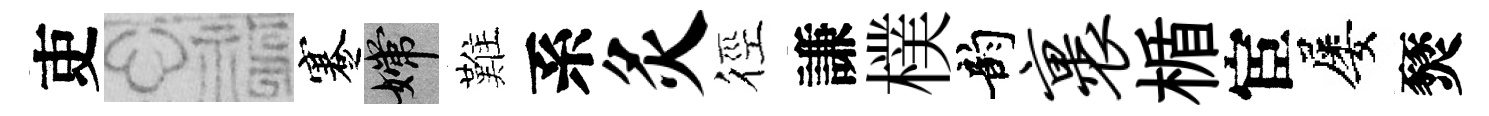
吏福蹇嫦難系灸徑謙樸韵裹楯宦屡燹